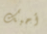
أحبك